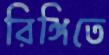
রিঙ্গিতে